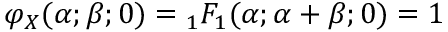
\varphi _ { X } ( \alpha ; \beta ; 0 ) = { } _ { 1 } F _ { 1 } ( \alpha ; \alpha + \beta ; 0 ) = 1